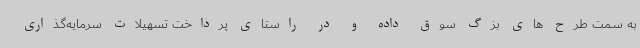
به سمت طرح های بزگ سوق داده و در راستای پرداخت تسهیلات سرمایه‌گذاری